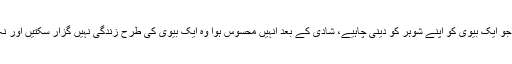
صنم سعید نے کہا ان کے شوہر بہت اچھے انسان تھے لیکن وہ انہیں اس طرح توجہ نہیں دے سکیں جو ایک بیوی کو اپنے شوہر کو دینی چاہیے، شادی کے بعد انہیں محسوس ہوا وہ ایک بیوی کی طرح زندگی نہیں گزار سکتیں اور نہ کسی کے مشوروں پر چل سکتی ہیں وہ کام کرنا چاہتی تھیں کیونکہ انہیں کام کرنے کی عادت ہے۔